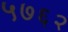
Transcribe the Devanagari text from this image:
५७६२